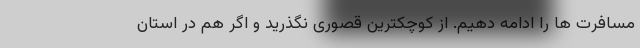
مسافرت ها را ادامه دهیم. از کوچکترین قصوری نگذرید و اگر هم در استان